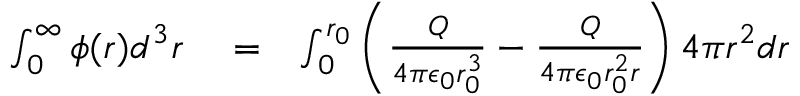
\begin{array} { r l r } { \int _ { 0 } ^ { \infty } \phi ( r ) d ^ { 3 } r } & { { } = } & { \int _ { 0 } ^ { r _ { 0 } } \left( \frac { Q } { 4 \pi \epsilon _ { 0 } r _ { 0 } ^ { 3 } } - \frac { Q } { 4 \pi \epsilon _ { 0 } r _ { 0 } ^ { 2 } r } \right) 4 \pi r ^ { 2 } d r } \end{array}